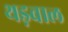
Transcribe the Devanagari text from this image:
थड़वाल